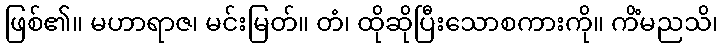
ဖြစ်၏။ မဟာရာဇ၊ မင်းမြတ်။ တံ၊ ထိုဆိုပြီးသောစကားကို။ ကိံမညသိ၊